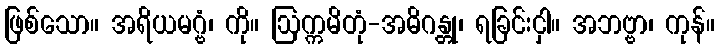
ဖြစ်သော။ အရိယမဂ္ဗံ၊ ကို။ ဩက္ကမိတုံ-အဓိဂန္တု၊ ရခြင်းငှါ။ အဘဗ္ဗာ၊ ကုန်။